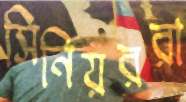
সিনিয়ররা